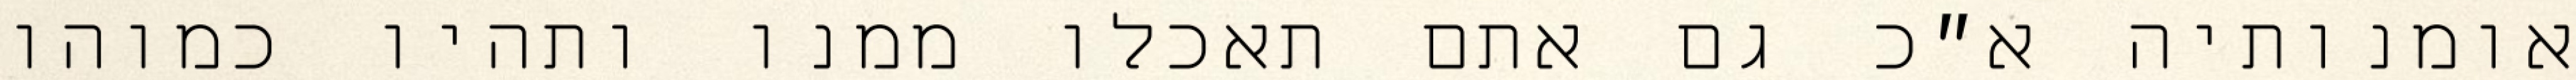
אומנותיה א״כ גם אתם תאכלו ממנו ותהיו כמוהו